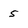
Character: 5